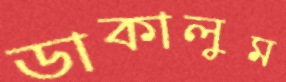
ডাকালুম